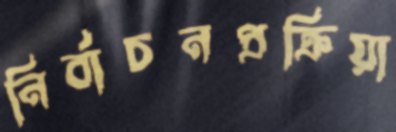
নির্বাচনপ্রক্রিয়া